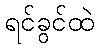
ရင်ခွင်ထဲ